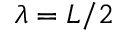
\lambda = L / 2